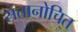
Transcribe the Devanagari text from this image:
संतानोचित